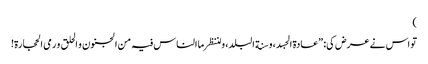
)
تو اس نے عرض کی: ”عادة الجسد، و سنة البلد، و لننظر ما الناس فیہ من الجنون و الحلق و رمی الحجارة!